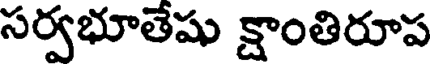
సర్వభూతేషు క్షాంతిరూప